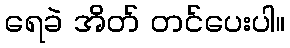
ရေခဲ အိတ် တင်ပေးပါ။